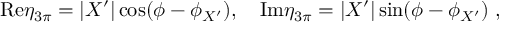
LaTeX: \mathrm { R e } \eta _ { 3 \pi } = | X ^ { \prime } | \cos ( \phi - \phi _ { X ^ { \prime } } ) , \quad \mathrm { I m } \eta _ { 3 \pi } = | X ^ { \prime } | \sin ( \phi - \phi _ { X ^ { \prime } } ) \ ,